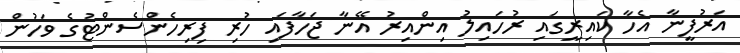
އަރުފީނާ އެހާ ކައިރީގައި ރުހައިލު އިންއިރު އޭނާ ޖަހާފައި ހުރި ފިރިހެންސެންޓުގެ ވަހުން